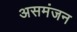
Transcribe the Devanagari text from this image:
असमंजन